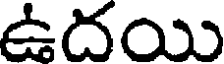
ఉదయి